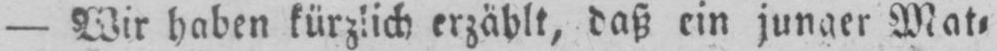
- Wir haben kürzlich erzählt, daß ein junger Mat⸗